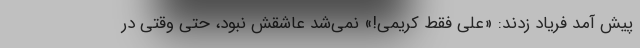
پیش آمد فریاد زدند: «علی فقط کریمی!» نمی‌شد عاشقش نبود، حتی وقتی در